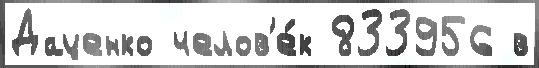
Даценко челов'е́к 833956 в